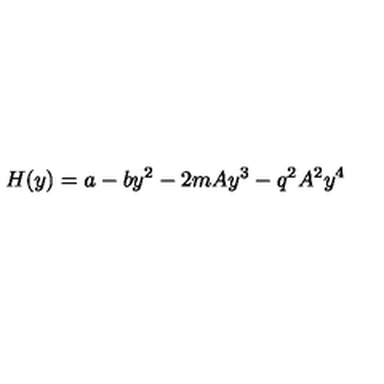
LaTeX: H ( y ) = a - b y ^ { 2 } - 2 m A y ^ { 3 } - q ^ { 2 } A ^ { 2 } y ^ { 4 }